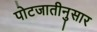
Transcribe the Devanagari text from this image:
पोटजातीनुसार